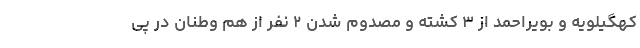
کهگیلویه و بویراحمد از ۳ کشته و مصدوم شدن ۲ نفر از هم وطنان در پی